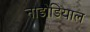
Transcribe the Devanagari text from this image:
नाडोडियाल